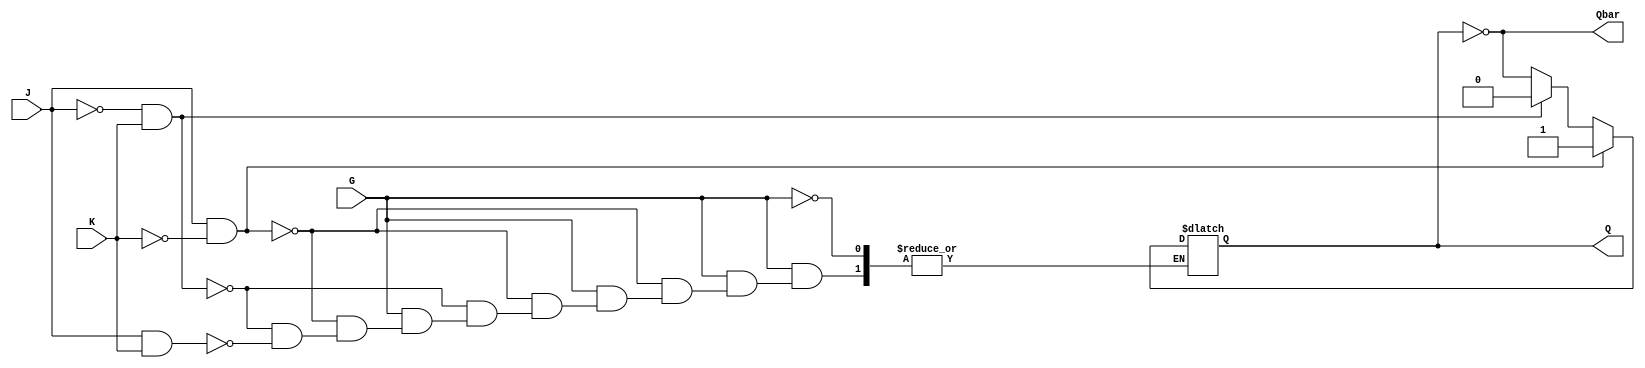
module GatedJKLatch (
    input wire J,        // Set input
    input wire K,        // Reset input
    input wire G,        // Enable input
    output reg Q,        // Main output
    output wire Qbar     // Complementary output
);

    // Complementary output Qbar is the inverse of Q
    assign Qbar = ~Q;

    // Always block triggered by the change of Enable signal
    always @(*) begin
        if (G) begin
            if (J && !K) begin
                Q = 1'b1;    // Set state
            end else if (!J && K) begin
                Q = 1'b0;    // Reset state
            end else if (J && K) begin
                Q = ~Q;      // Toggle state
            end
            // If both J and K are 0, hold the current state (do nothing)
        end
        // If G is low, retain the last value of Q
    end

endmodule